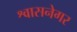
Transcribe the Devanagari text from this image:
श्वासनेगर